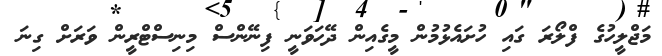
މަޖްލީހުގެ ފްލޯރަ ގައި ހުށައެޅުމުން މީގެއިން ދޭހަވަނީ ފިނޭންސް މިނިސްޓްރީން ވަރަށް ގިނަ